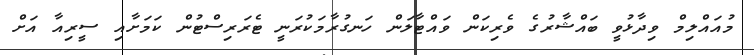
މުއައްލިމް ވިދާޅުވީ ބައްޝާރުގެ ވެރިކަން ވައްޓާލަން ހަނގުރާމަކުރަނީ ޓެރަރިސްޓުން ކަމަށާއި ސީރިއާ އަށް